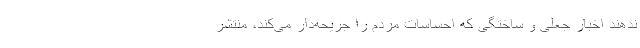
ندهند اخبار جعلی و ساختگی که احساسات مردم را جریحه‌دار می‌کند، منتشر